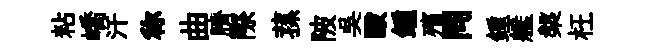
粘嶠汗称曲臍際蓀陂吳毆鍾殯同鍾艦槃枉